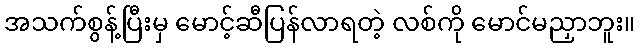
အသက်စွန့်ပြီးမှ မောင့်ဆီပြန်လာရတဲ့ လစ်ကို မောင်မညှာဘူး။